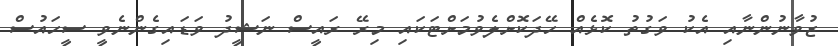
ޒުވާނުންނާއި އެކު ވަގުތު ކޮޅެއް ހޭދަކޮށްލެވުމަށްޓަކައި މިރޭ ރައީސް ނަޝީދު ވަޑައިގެންނެވީ ސީހައުސް